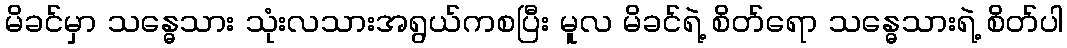
မိခင်မှာ သန္ဓေသား သုံးလသားအရွယ်ကစပြီး မူလ မိခင်ရဲ့ စိတ်ရော သန္ဓေသားရဲ့ စိတ်ပါ